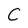
Character: C